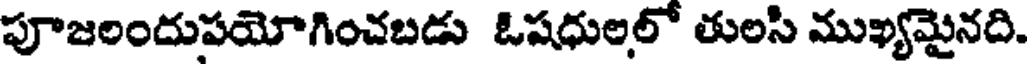
పూజలందుపయోగించబడు ఓషధులలో తులసి ముఖ్యమైనది.